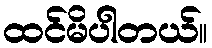
ထင်မိပါတယ်။